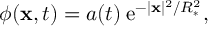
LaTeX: \phi ( { \bf x } , t ) = a ( t ) \: \mathrm { e } ^ { - | { \bf x } | ^ { 2 } / R _ { * } ^ { 2 } } ,